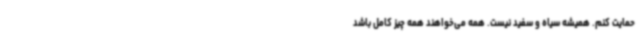
حمایت کنم. همیشه سیاه و سفید نیست. همه می‌خواهند همه چیز کامل باشد